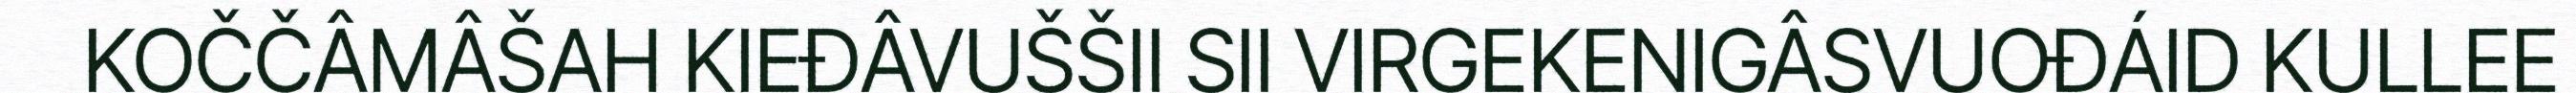
KOČČÂMÂŠAH KIEĐÂVUŠŠII SII VIRGEKENIGÂSVUOĐÁID KULLEE